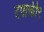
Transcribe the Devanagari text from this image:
दर्पोक्ती९